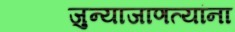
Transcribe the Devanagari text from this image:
जुन्याजाणत्यांना